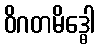
ဝိဂတမိဒ္ဓေါ